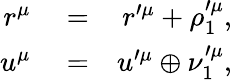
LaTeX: \begin{array}{rlr}{r^{\mu}}&{{}=}&{r^{\prime\mu}+\rho_{1}^{\prime\mu},}\\ {u^{\mu}}&{{}=}&{u^{\prime\mu}\oplus\nu_{1}^{\prime\mu},}\end{array}